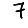
Digit: 7